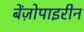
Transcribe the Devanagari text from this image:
बेंज़ोपाइरीन